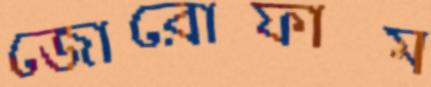
জোরোফাম